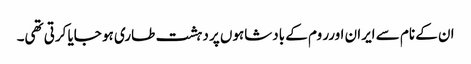
ان کے نام سے ایران اورر وم کے بادشاہوں پر دہشت طاری ہو جایا کرتی تھی۔